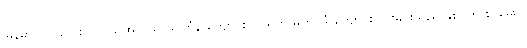
မြန်မာတွင် လေး လပိုင်း အလယ် သင်္ကြန် ကျောင်းပိတ်ရက် မတိုင်မီ ကျောင်းသားများသည် နှစ်ဝက် စာမေးပွဲ